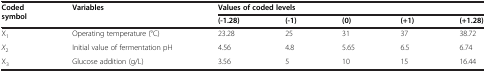
| <ROWSPAN=2> Coded symbol | <ROWSPAN=2> Variables | <COLSPAN=5> Values of coded levels |
 | (-1.28) | (-1) | (0) | (+1) | (+1.28) |
 | --- | --- | --- | --- | --- | --- | --- |
 | X1 | Operating temperature (°C) | 23.28 | 25 | 31 | 37 | 38.72 |
 | X2 | Initial value of fermentation pH | 4.56 | 4.8 | 5.65 | 6.5 | 6.74 |
 | X3 | Glucose addition (g/L) | 3.56 | 5 | 10 | 15 | 16.44 |